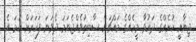
ޖިނާއީ ކުށެއްގެ ދައުވާ މީހެއްގެ މައްޗަށް ސާބިތުވެއްޖެނަމަ ދެވަނަ ފަހަރަށް ހަމަ އެ